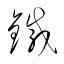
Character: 鐡